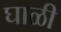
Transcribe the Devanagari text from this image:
घाळी